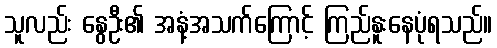
သူလည်း နွေဦး၏ အနံ့အသက်ကြောင့် ကြည်နူးနေပုံရသည်။